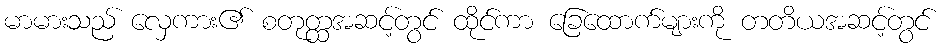
မာမားသည် လှေကား၏ စတုတ္ထအဆင့်တွင် ထိုင်ကာ ခြေထောက်များကို တတိယအဆင့်တွင်